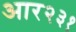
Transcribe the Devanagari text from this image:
आर२३१